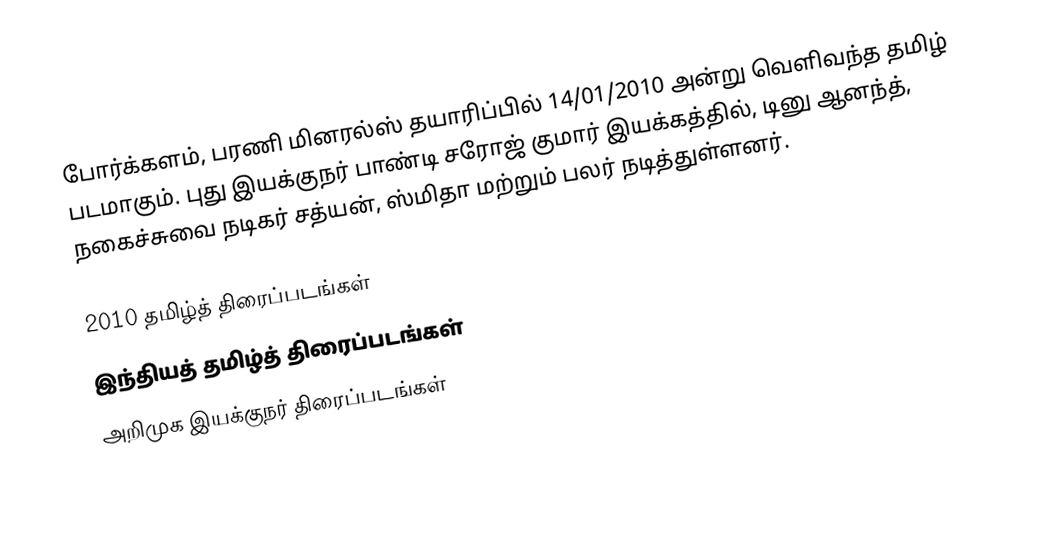
போர்க்களம், பரணி மினரல்ஸ் தயாரிப்பில் 14/01/2010 அன்று வெளிவந்த தமிழ் படமாகும்.  புது இயக்குநர் பாண்டி சரோஜ் குமார் இயக்கத்தில், டினு ஆனந்த், நகைச்சுவை நடிகர் சத்யன், ஸ்மிதா மற்றும் பலர் நடித்துள்ளனர்.

2010 தமிழ்த் திரைப்படங்கள்
இந்தியத் தமிழ்த் திரைப்படங்கள்
அறிமுக இயக்குநர் திரைப்படங்கள்